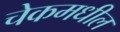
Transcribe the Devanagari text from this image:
चेकमधील